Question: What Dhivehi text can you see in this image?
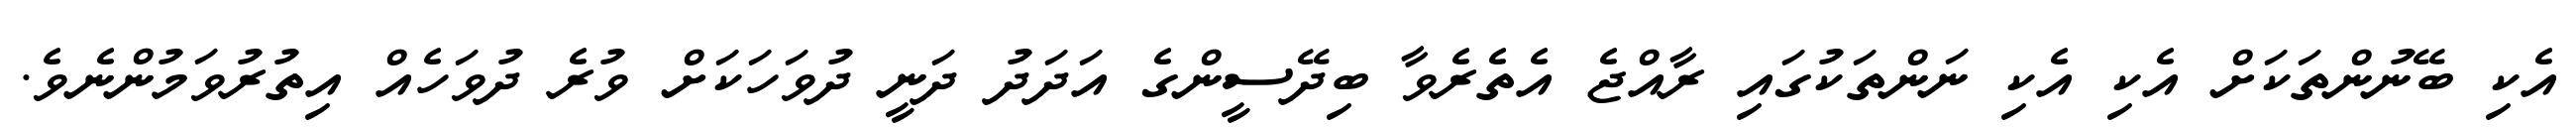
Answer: އެކި ބޭނުންތަކަށް އެކި އެކި ނަންތަކުގައި ރާއްޖެ އެތެރެވާ ބިދޭސީންގެ އަދަދު ދަނީ ދުވަހަކަށް ވުރެ ދުވަހެއް އިތުރުވަމުންނެވެ.